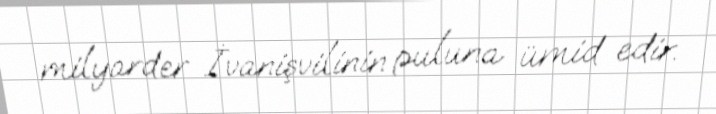
milyarder İvanişvilinin puluna ümid edir.